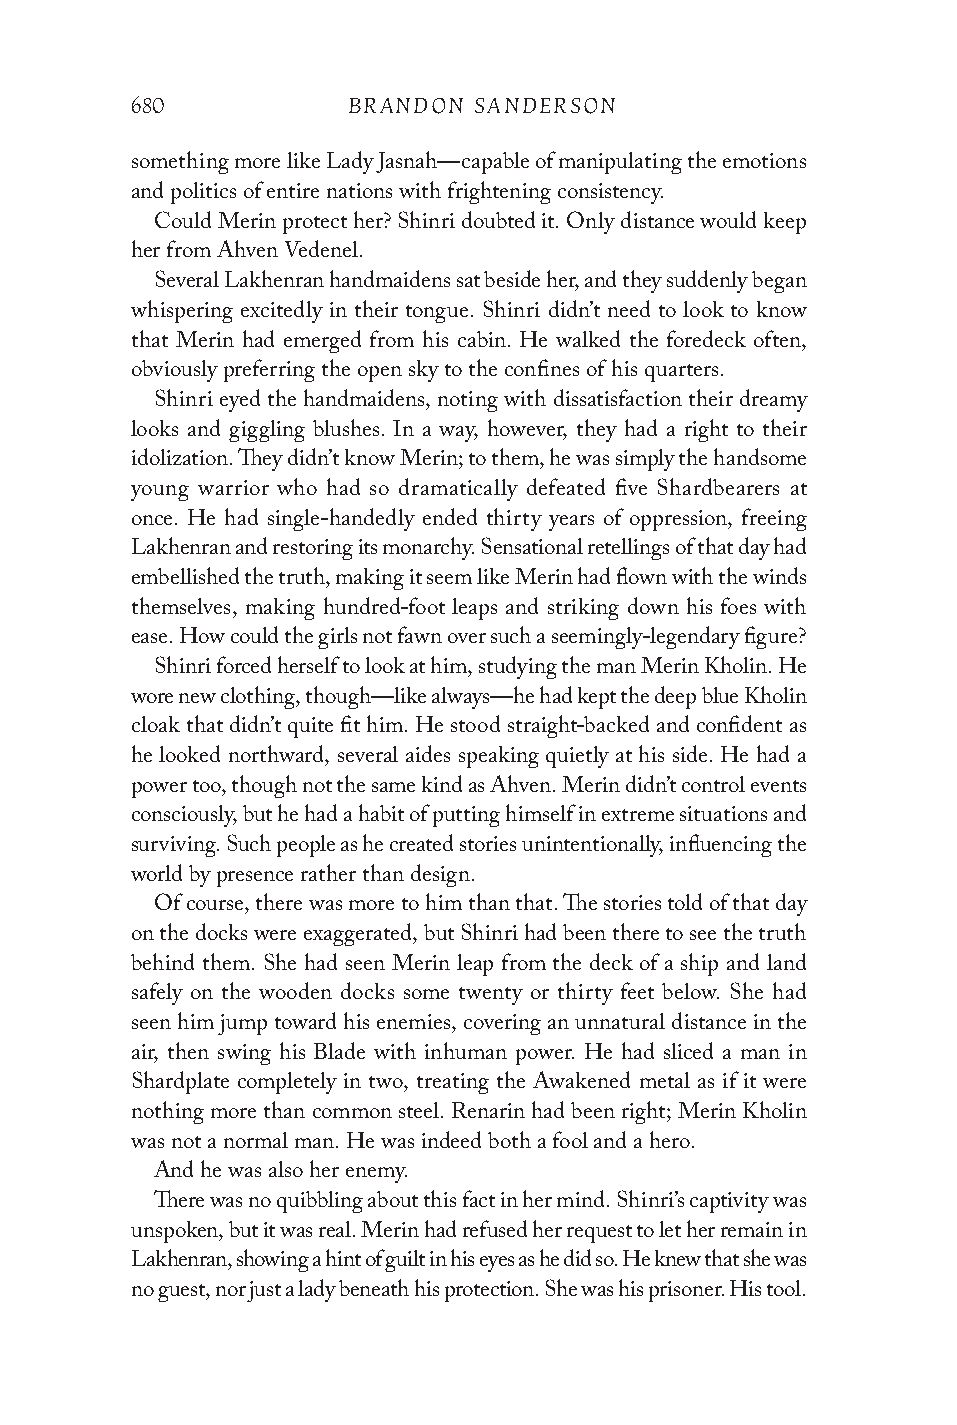
680           BRANDON SANDERSON
 something more like Lady Jasnah—capable of manipulating the emotions
 and politics of entire nations with frightening consistency.
 Could Merin protect her? Shinri doubted it. Only distance would keep
 her from Ahven Vedenel.
 Several Lakhenran handmaidens sat beside her, and they suddenly began
 whispering excitedly in their tongue. Shinri didn’t need to look to know
 that Merin had emerged from his cabin. He walked the foredeck often,
 obviously preferring the open sky to the confines of his quarters.
 Shinri eyed the handmaidens, noting with dissatisfaction their dreamy
 looks and giggling blushes. In a way, however, they had a right to their
 idolization. They didn’t know Merin; to them, he was simply the handsome
 young warrior who had so dramatically defeated five Shardbearers at
 once. He had single-handedly ended thirty years of oppression, freeing
 Lakhenran and restoring its monarchy. Sensational retellings of that day had
 embellished the truth, making it seem like Merin had flown with the winds
 themselves, making hundred-foot leaps and striking down his foes with
 ease. How could the girls not fawn over such a seemingly-legendary figure?
 Shinri forced herself to look at him, studying the man Merin Kholin. He
 wore new clothing, though—like always—he had kept the deep blue Kholin
 cloak that didn’t quite fit him. He stood straight-backed and confident as
 he looked northward, several aides speaking quietly at his side. He had a
 power too, though not the same kind as Ahven. Merin didn’t control events
 consciously, but he had a habit of putting himself in extreme situations and
 surviving. Such people as he created stories unintentionally, influencing the
 world by presence rather than design.
 Of course, there was more to him than that. The stories told of that day
 on the docks were exaggerated, but Shinri had been there to see the truth
 behind them. She had seen Merin leap from the deck of a ship and land
 safely on the wooden docks some twenty or thirty feet below. She had
 seen him jump toward his enemies, covering an unnatural distance in the
 air, then swing his Blade with inhuman power. He had sliced a man in
 Shardplate completely in two, treating the Awakened metal as if it were
 nothing more than common steel. Renarin had been right; Merin Kholin
 was not a normal man. He was indeed both a fool and a hero.
 And he was also her enemy.
 There was no quibbling about this fact in her mind. Shinri’s captivity was
 unspoken, but it was real. Merin had refused her request to let her remain in
 Lakhenran, showing a hint of guilt in his eyes as he did so. He knew that she was
 no guest, nor just a lady beneath his protection. She was his prisoner. His tool.